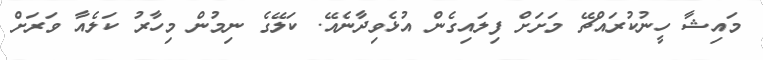
މައިޝާ ހީނުކުރައްޗޭ މަށަށް ފިލައިގެން އުޅެވިދާނެއޭ. ކަލޭގެ ނިމުން މިހާރު ކަލެއާ ވަރަށް